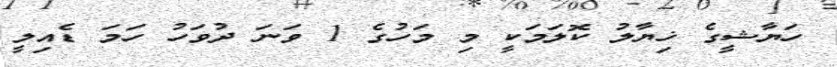
ހަޔާޝީގެ ޚިޔާލު ކޮލަމަކީ މި މަހުގެ 1 ވަނަ ދުވަހު ހަމަ ޑެއިލީ